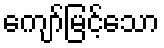
ကျော်မြင့်သော